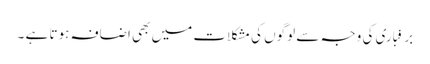
برفباری کی وجہ سے لوگوں کی مشکلات میں بھی اضافہ ہوتا ہے ۔